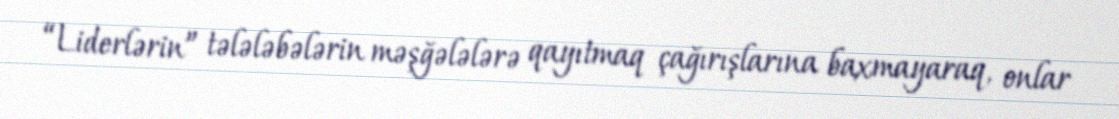
“Liderlərin” tələləbələrin məşğələlərə qayıtmaq çağırışlarına baxmayaraq, onlar